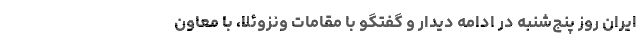
ایران روز پنج‌شنبه در ادامه دیدار و گفتگو با مقامات ونزوئلا، با معاون